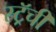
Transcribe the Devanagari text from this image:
स्ट्रॅची